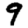
Digit: 9